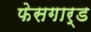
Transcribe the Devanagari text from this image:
फेसगार्ड